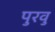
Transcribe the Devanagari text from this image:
पुरवु